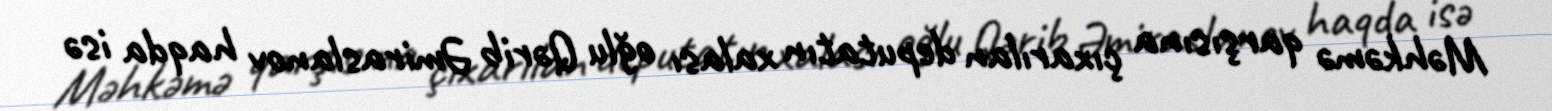
Məhkəmə qarşısına çıxarılan deputatın xalası oğlu Qərib Əmiraslanov haqda isə